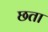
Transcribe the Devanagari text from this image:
छता